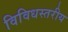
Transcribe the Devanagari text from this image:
विविधस्तरीय